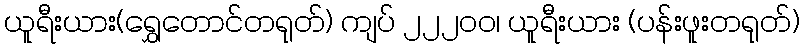
ယူရီးယား(ရွှေတောင်တရုတ်) ကျပ် ၂၂၂၀ဝ၊ ယူရီးယား (ပန်းဖူးတရုတ်)